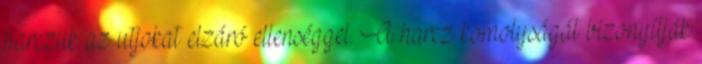
harczuk az utjokat elzáró ellenséggel. A harcz komolyságát bizonyítják